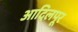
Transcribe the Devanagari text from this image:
आदिलपूर